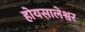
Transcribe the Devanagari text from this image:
होयसालेश्वर